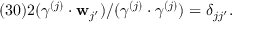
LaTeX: ( 3 0 ) 2 ( \gamma ^ { ( j ) } \cdot { \bf w } _ { j ^ { \prime } } ) / ( \gamma ^ { ( j ) } \cdot \gamma ^ { ( j ) } ) = \delta _ { j j ^ { \prime } } .